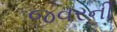
જવરની